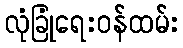
လုံခြုံရေးဝန်ထမ်း